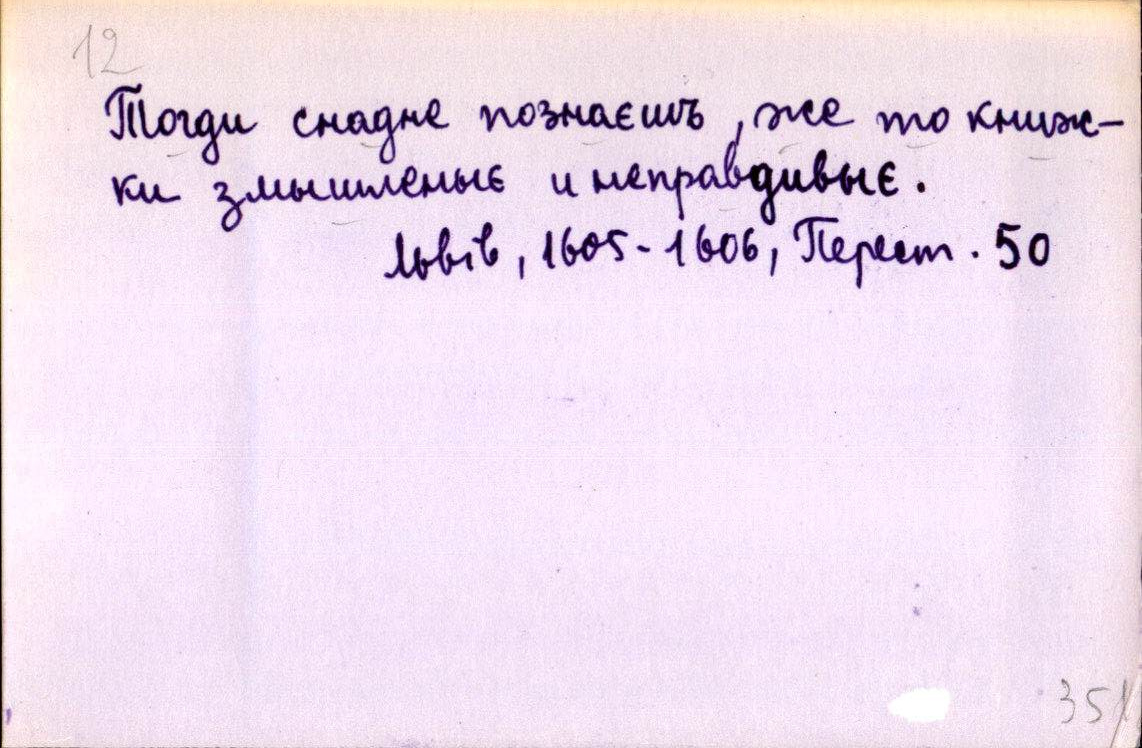
Тогди снадне познаєшъ, же то книж-
ки змышленыє и неправдивыє.
Львів, 1605-1606, Перест. 50